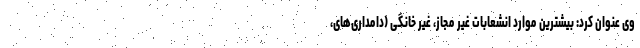
وی عنوان کرد: بیشترین موارد انشعابات غیر مجاز، غیر خانگی (دامداری‌های،